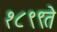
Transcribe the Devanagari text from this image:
१८९९ते